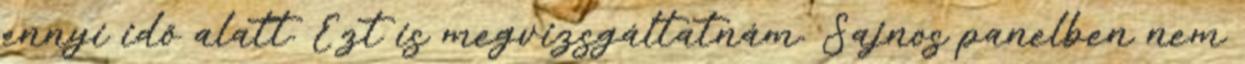
ennyi idő alatt. Ezt is megvizsgáltatnám. Sajnos panelben nem